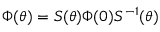
\Phi ( \theta ) = S ( \theta ) \Phi ( 0 ) S ^ { - 1 } ( \theta )